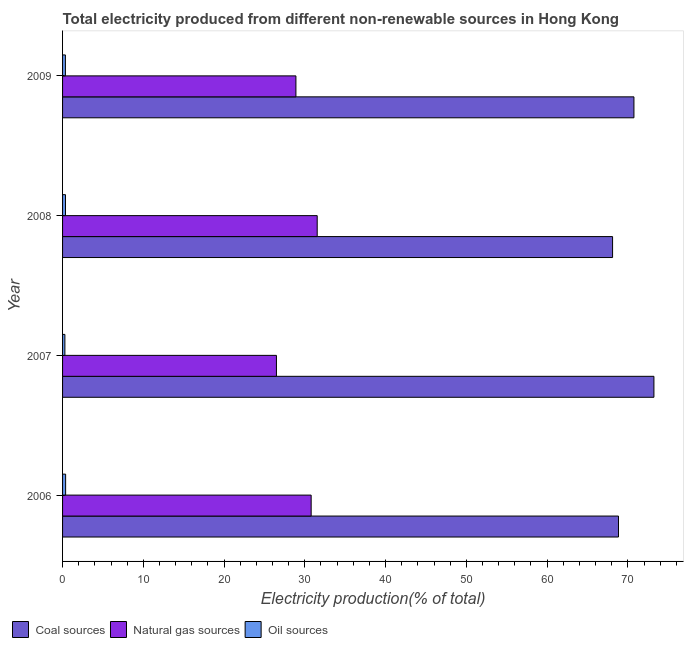
| Year | Coal sources | Natural gas sources | Oil sources |
 | --- | --- | --- | --- |
 | 2006 | 68.8 | 30.8 | 0.378 |
 | 2007 | 73.2 | 26.5 | 0.288 |
 | 2008 | 68.1 | 31.5 | 0.361 |
 | 2009 | 70.8 | 28.9 | 0.351 |